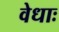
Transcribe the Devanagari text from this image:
वेधाः